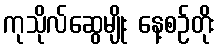
ကုသိုလ်ဆွေမျိုး နေ့စဉ်တိုး